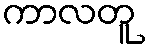
ကာလတူ